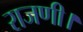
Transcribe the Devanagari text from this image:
राजणी।